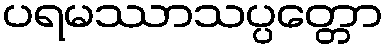
ပရမဿာသပ္ပတ္တော